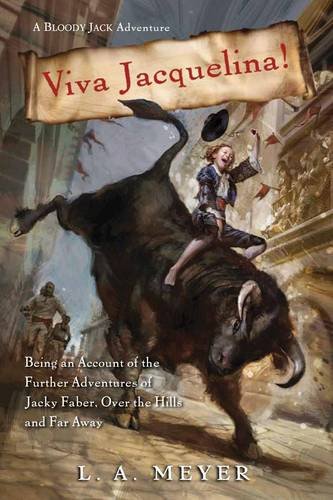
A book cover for Viva Jacquelina!: Being an Account of the Further Adventures of Jacky Faber, Over the Hills and Far Away (Bloody Jack Adventures); L. A. Meyer; Teen & Young Adult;